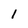
Character: 1